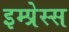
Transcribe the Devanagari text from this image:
इम्प्रेस्स